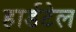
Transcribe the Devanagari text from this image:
हार्डटेल